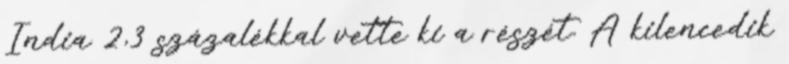
India 2,3 százalékkal vette ki a részét. A kilencedik